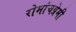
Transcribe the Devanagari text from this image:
रोमांचप्रेमी